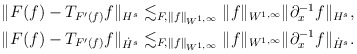
\begin{align*}\begin{aligned} \|F(f) - T_{F'(f)} f \|_{H^{s}} &\lesssim_{F,\|f\|_{W^{1,\infty}}} \|f\|_{W^{1,\infty}}\|\partial_x^{-1}f\|_{H^s}, \\\|F(f) - T_{F'(f)} f \|_{\dot H^{s}}&\lesssim_{F,\|f\|_{W^{1,\infty}}}\|f\|_{W^{1,\infty}} \|\partial_x^{-1}f\|_{\dot H^s}.\end{aligned}\end{align*}